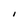
Character: I